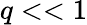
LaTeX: q<<1